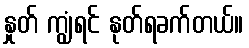
နှုတ် ကျွံရင် နုတ်ရခက်တယ်။